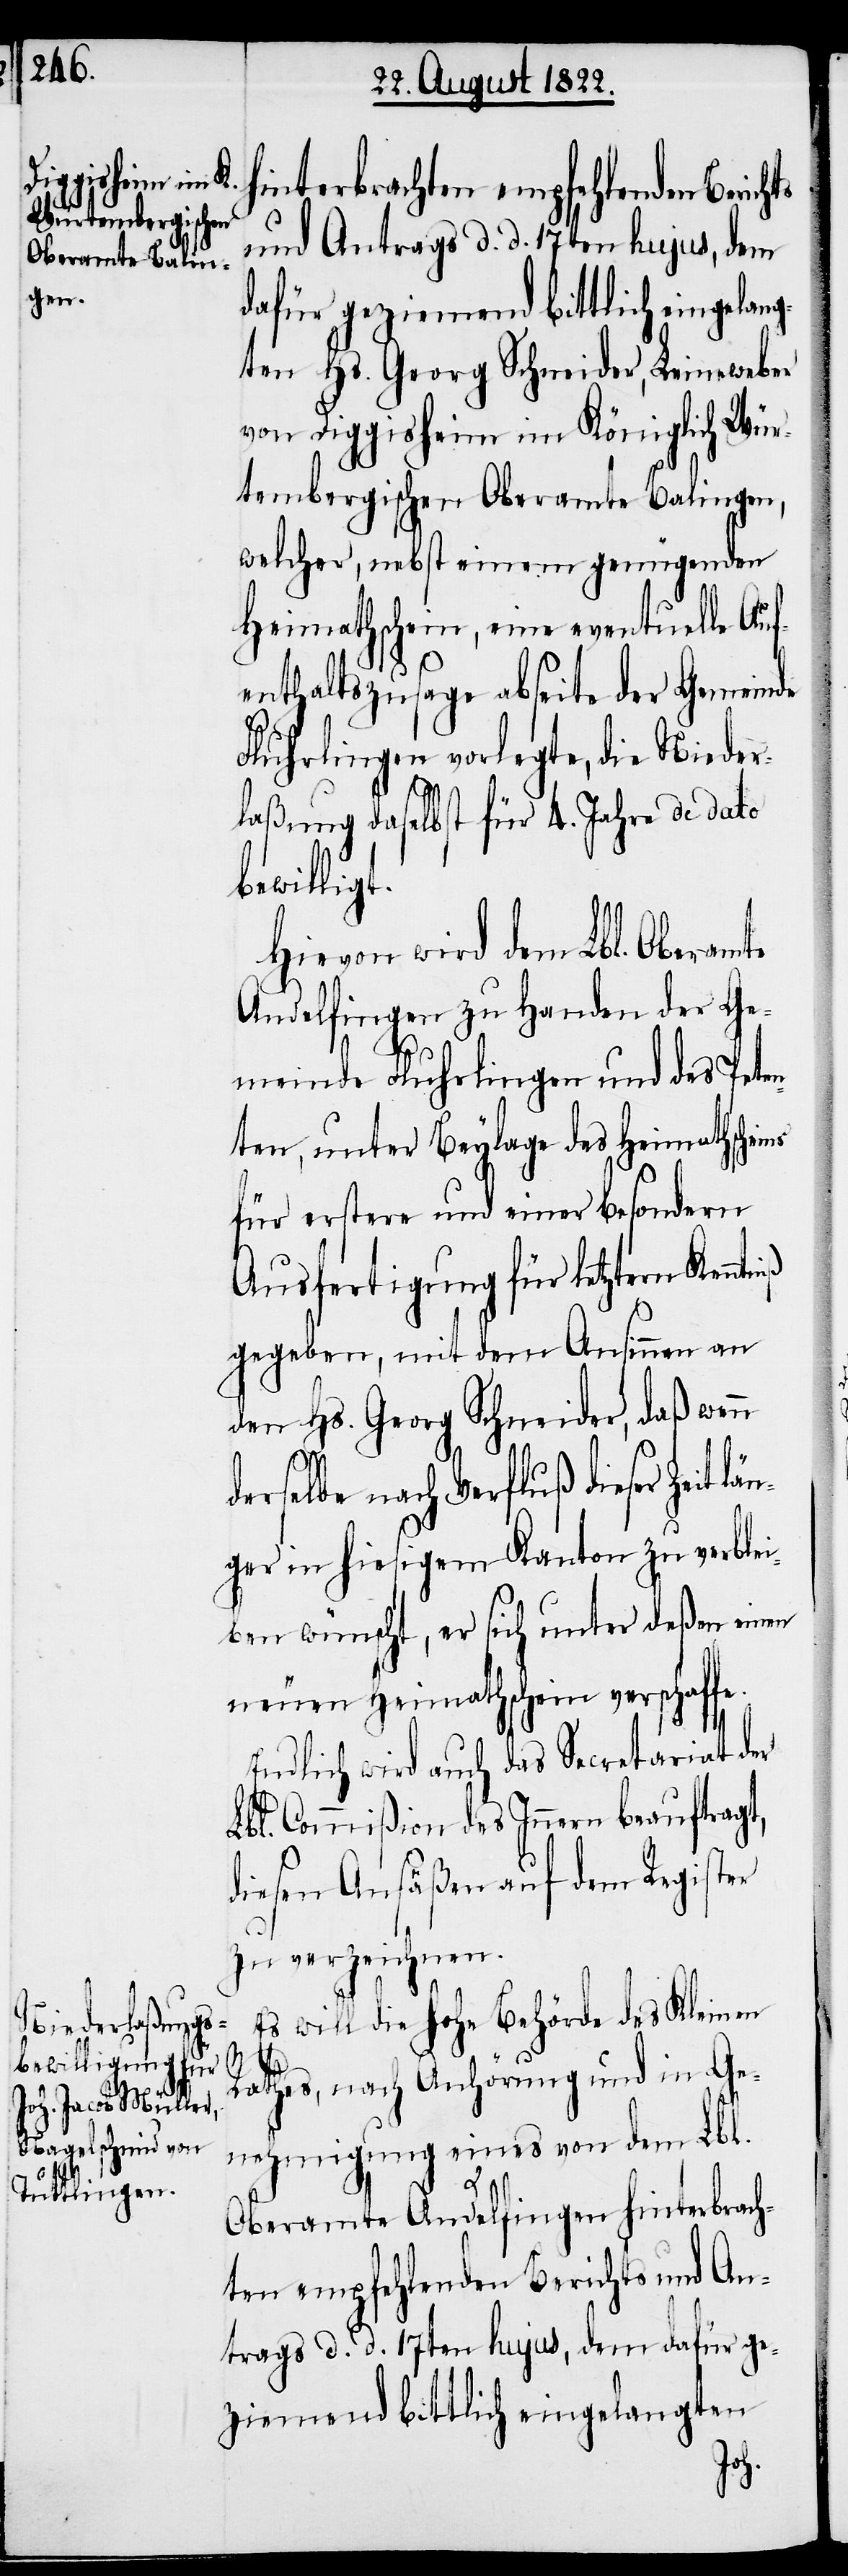
län¬

hinterbrachten empfehlenden Berich¬
und Antrags d. d. 17ten hujus, dem
dafür geziemend bittlich eingelan¬
gten Hs. Georg Schneider, Leineweber
von Diggisheim im Königlich Wür¬
tembergischen Oberamte Balingen,
welcher, nebst einem genügenden
Heimathschein, eine eventuelle Auf¬
enthaltszusage abseite der Gemeinde
Fluhrlingen vorlegte, die Nieder¬
laßung daselbst für 4. Jahre de dato
bewilligt.
Hievon wird dem Lbl. Oberamte
Andelfingen zu Handen der Ge¬
meinde Fluhrlingen und des Peten¬
ten, unter Beylage des Heimathschei¬
für erstere und einer besondern
Ausfertigung für letztern Kennt¬
niß
gegeben, mit dem Ansinnen an
den Hs. Georg Schneider, daß wenn
derselbe nach Verfluß dieser Zeit
ger in hiesigem Kanton zu verblei¬
ben wünscht, er sich unter deßen einen
neuen Heimathschein verschaffe.
Endlich wird auch das Secretariat der
Lbl. Commißion des Innern beauftragt,
diesen Ansäßen auf dem Register
zu verzeichnen.
Es will die Hohe Behörde des Kleinen
Rathes, nach Anhörung und in Ge¬
nehmigung eines von dem Lbl.
Oberamte Andelfingen hinterbrac¬
hten empfehlenden Berichts und An¬
trages d. d. 17ten hujus, dem dafür ge¬
ziemend bittlich eingelangten